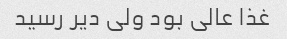
غذا عالی بود ولی دیر رسید